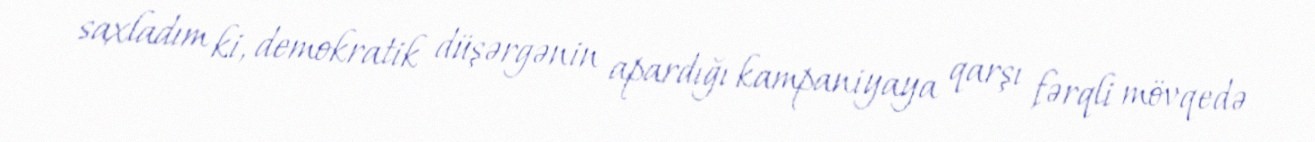
saxladım ki, demokratik düşərgənin apardığı kampaniyaya qarşı fərqli mövqedə